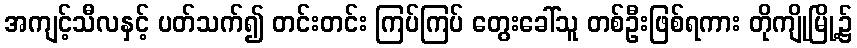
အကျင့်သီလနှင့် ပတ်သက်၍ တင်းတင်း ကြပ်ကြပ် တွေးခေါ်သူ တစ်ဦးဖြစ်ရကား တိုကျိုမြို့၌